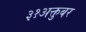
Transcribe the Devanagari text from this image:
३१अक्तुबर